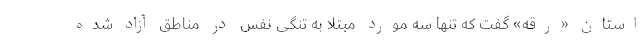
استان «رقه» گفت که تنها سه مورد مبتلا به تنگی نفس در مناطق آزاد شده